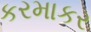
કરમાકર